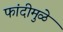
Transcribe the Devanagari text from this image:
फांदीमुळे